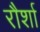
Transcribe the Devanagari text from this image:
रौर्शा